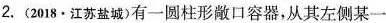
2.(2018.江苏盐城)有一圆柱形敞口容器，从其左侧某一